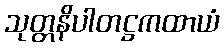
သုတ္တနိပါတဋ္ဌကထာယံ